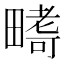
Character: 𭻪